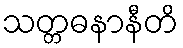
သတ္တဓနာနီတိ